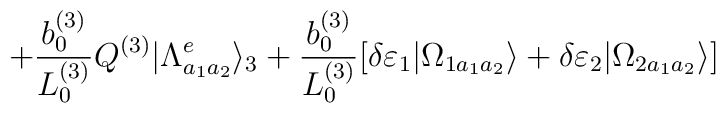
+\frac{b_0^{(3)}}{L_0^{(3)}}Q^{(3)}|\Lambda ^e_{a_1 a_2}\rangle _3 +\frac{b_0^{(3)}}{L_0^{(3)}}[\delta \varepsilon _1 |\Omega _{1 a_1 a_2}\rangle +\delta \varepsilon _2 |\Omega _{2 a_1 a_2}\rangle ]